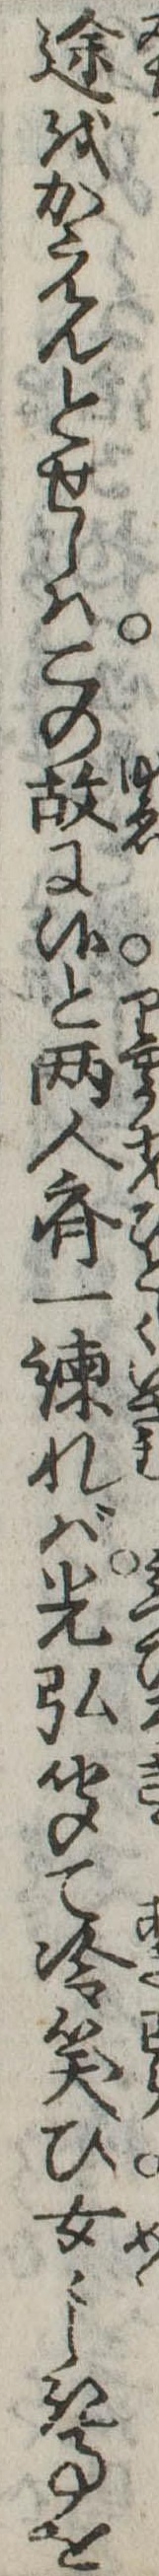
途をかえんとせしはこの故に候と两人斉一諌れば光弘聞て冷笑ひ女々しき事を